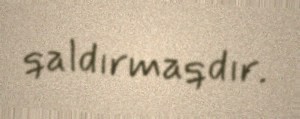
qaldırmaqdır.